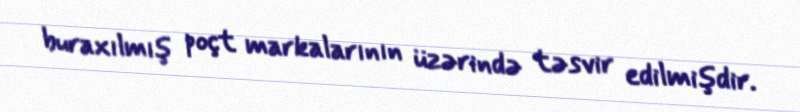
buraxılmış poçt markalarının üzərində təsvir edilmişdir.